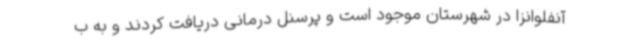
آنفلوانزا در شهرستان موجود است و پرسنل درمانی دریافت کردند و به ب